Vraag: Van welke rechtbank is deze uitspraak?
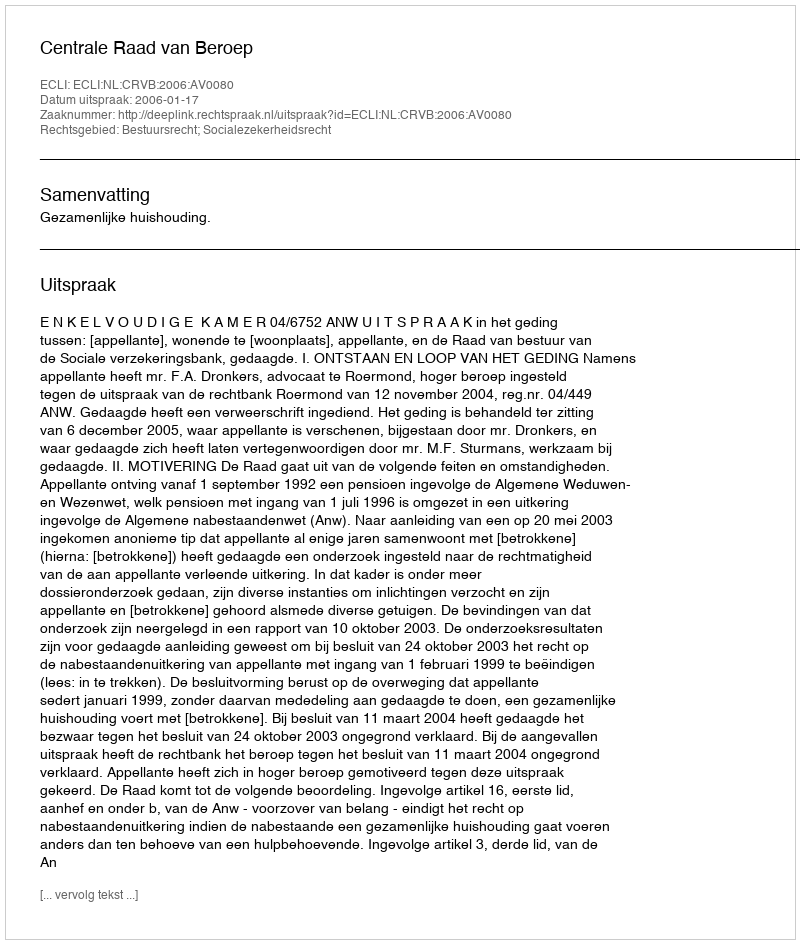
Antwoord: Centrale Raad van Beroep